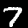
Digit: 7